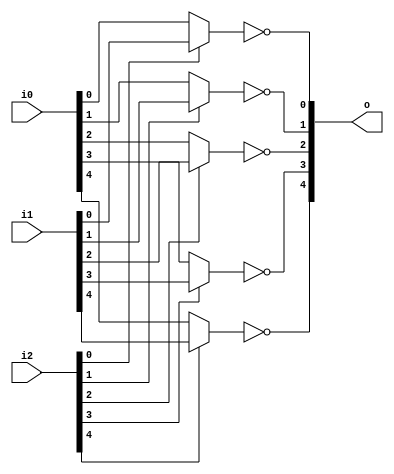
// This program was cloned from: https://github.com/NYU-MLDA/OpenABC
// License: BSD 3-Clause "New" or "Revised" License

module bsg_muxi2_gatestack_width_p5_harden_p1
(
  i0,
  i1,
  i2,
  o
);

  input [4:0] i0;
  input [4:0] i1;
  input [4:0] i2;
  output [4:0] o;
  wire [4:0] o;
  wire N0,N1,N2,N3,N4,N5,N6,N7,N8,N9,N10,N11,N12,N13,N14;
  assign N6 = (N0)? i1[0] : 
              (N5)? i0[0] : 1'b0;
  assign N0 = i2[0];
  assign N8 = (N1)? i1[1] : 
              (N7)? i0[1] : 1'b0;
  assign N1 = i2[1];
  assign N10 = (N2)? i1[2] : 
               (N9)? i0[2] : 1'b0;
  assign N2 = i2[2];
  assign N12 = (N3)? i1[3] : 
               (N11)? i0[3] : 1'b0;
  assign N3 = i2[3];
  assign N14 = (N4)? i1[4] : 
               (N13)? i0[4] : 1'b0;
  assign N4 = i2[4];
  assign N5 = ~i2[0];
  assign o[0] = ~N6;
  assign N7 = ~i2[1];
  assign o[1] = ~N8;
  assign N9 = ~i2[2];
  assign o[2] = ~N10;
  assign N11 = ~i2[3];
  assign o[3] = ~N12;
  assign N13 = ~i2[4];
  assign o[4] = ~N14;

endmodule